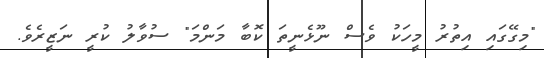
"މިގޭގައި އިތުރު މީހަކު ވެސް ނޫޅެނީތަ ކޮބާ މަންމަ" ސުވާލު ކުރީ ނަޒީރެވެ.